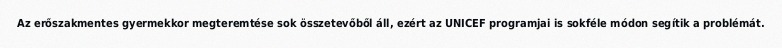
Az erőszakmentes gyermekkor megteremtése sok összetevőből áll, ezért az UNICEF programjai is sokféle módon segítik a problémát.